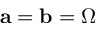
{ \mathbf a = \mathbf b = \boldsymbol { \Omega } }